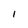
Character: I